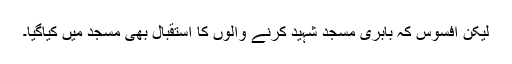
لیکن افسوس کہ بابری مسجد شہید کرنے والوں کا استقبال بھی مسجد میں کیاگیا۔